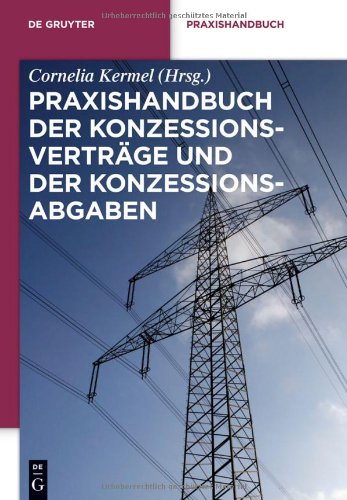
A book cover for Praxishandbuch der konzessions-vertrage und der lonzessions-abgaben (De Gruyter Praxishandbuch) (German Edition); Law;